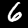
Label: 6